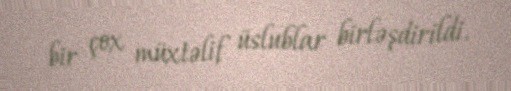
bir çox müxtəlif üslublar birləşdirildi.